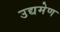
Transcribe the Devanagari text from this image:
उद्यमेण